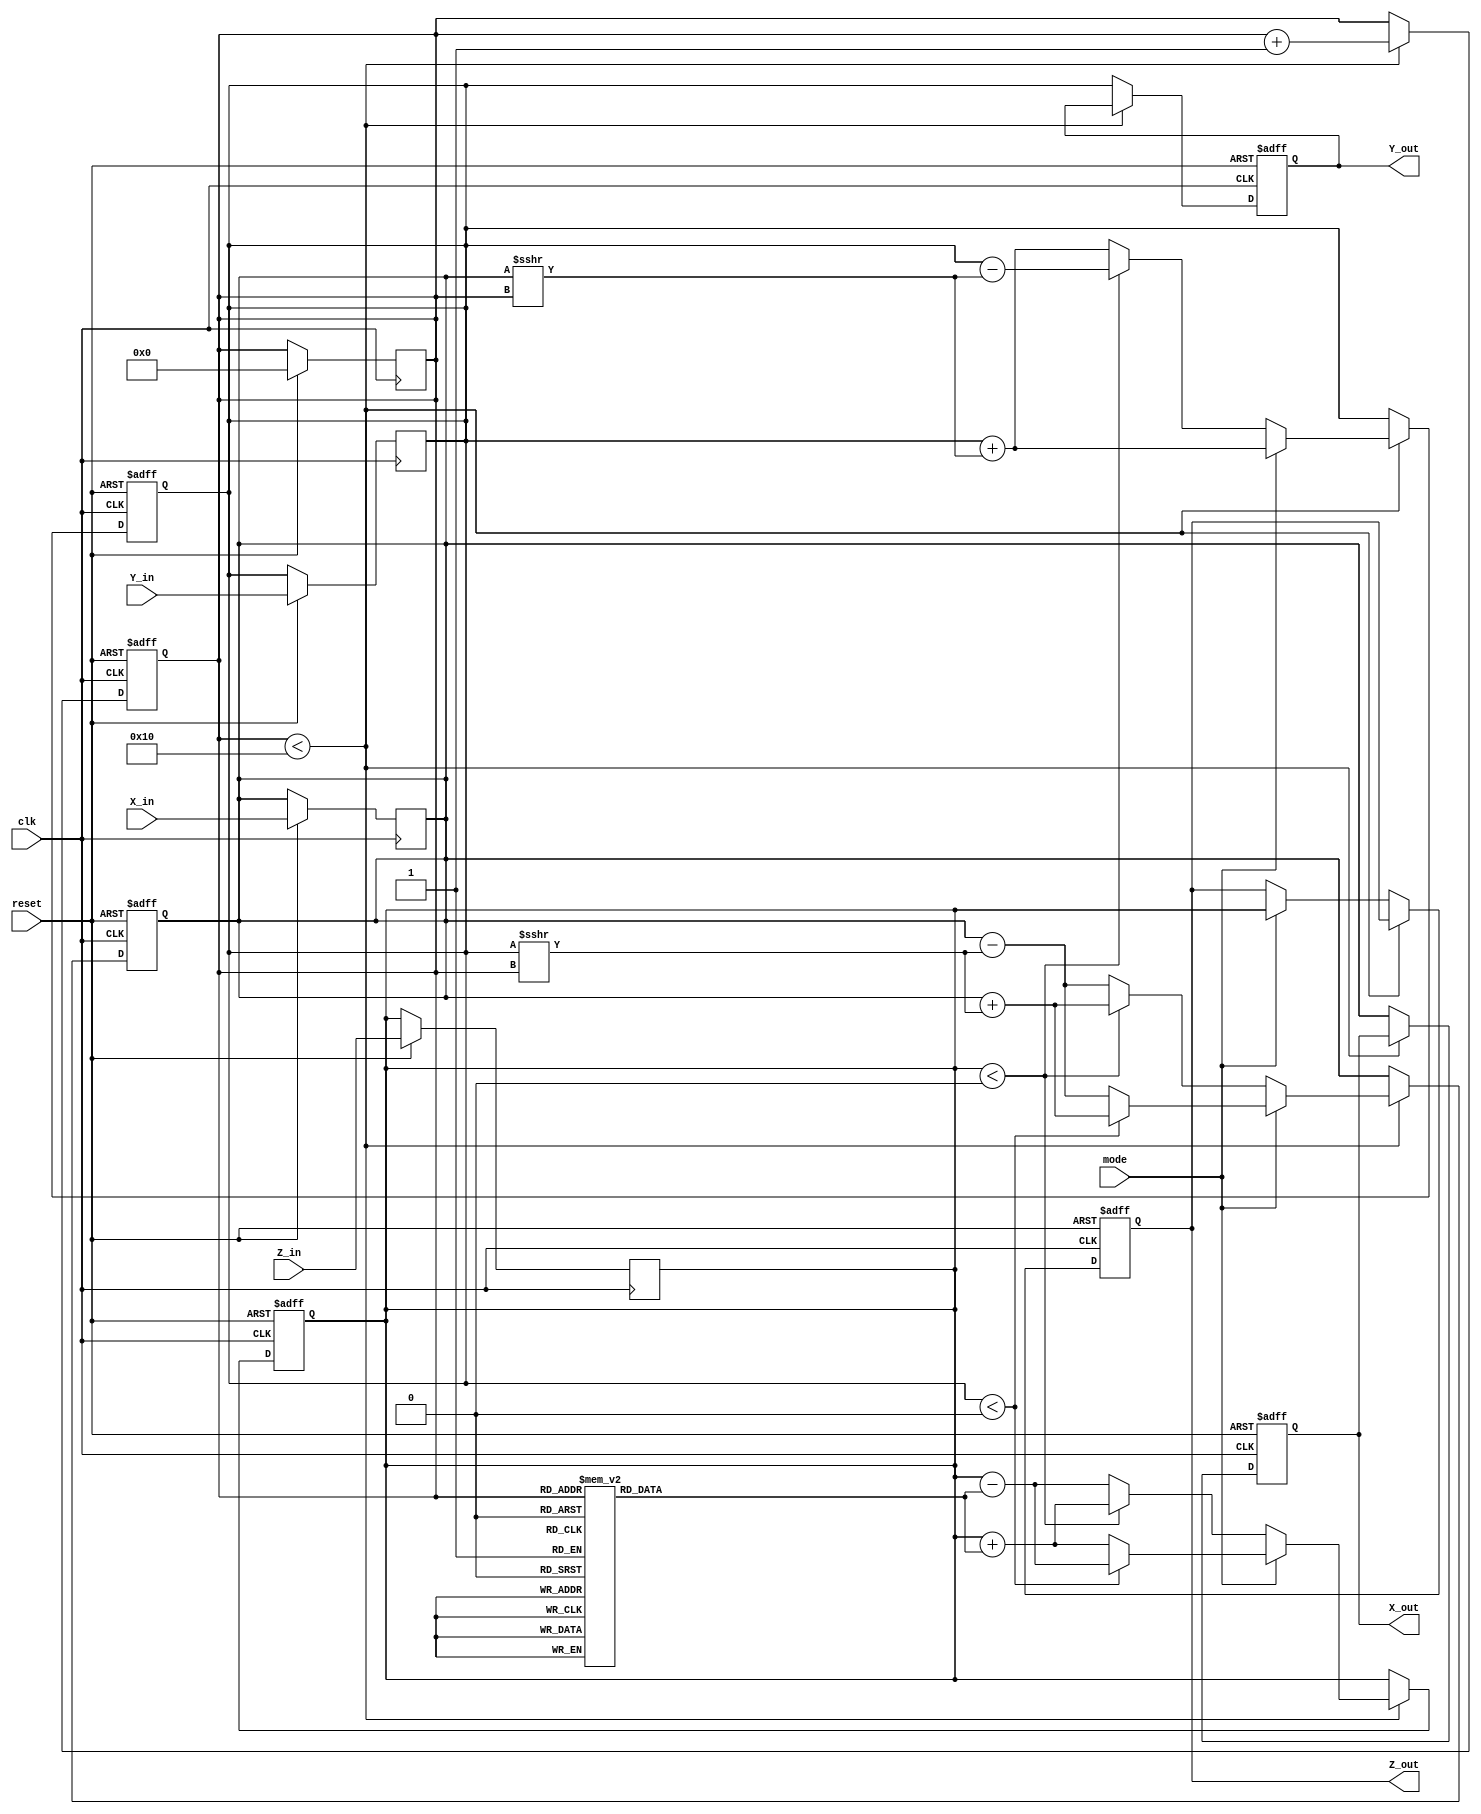
module modified_cordic (
    input wire clk,
    input wire reset,
    input wire [15:0] X_in,    // Fixed-point representation of X
    input wire [15:0] Y_in,    // Fixed-point representation of Y
    input wire [15:0] Z_in,    // Fixed-point representation of angle in radians
    input wire mode,           // Mode: 0 for rotation, 1 for vectoring
    output reg [15:0] X_out,   // Output vector X
    output reg [15:0] Y_out,   // Output vector Y
    output reg [15:0] Z_out     // Remaining phase angle (only in vectoring mode)
);

    // Parameters
    parameter MAX_ITER = 16; // Maximum number of iterations
    parameter LUT_WIDTH = 16; // Width of LUT for arctan values

    // Look-Up Table for arctan(1/2^n)
    reg [LUT_WIDTH-1:0] atan_lut [0:MAX_ITER-1];
    initial begin
        // Initialize LUT with precomputed arctan values (fixed-point)
        atan_lut[0] = 16'h2000; // arctan(1)
        atan_lut[1] = 16'h1000; // arctan(1/2)
        atan_lut[2] = 16'h0800; // arctan(1/4)
        atan_lut[3] = 16'h0400; // arctan(1/8)
        // Add more values as needed...
        // atan_lut[n] = arctan(1/2^n) in fixed-point representation
    end

    // Internal registers for computation
    reg [15:0] x_reg, y_reg, z_reg;
    reg [3:0] iter_count;
    reg [15:0] x_temp, y_temp, z_temp;

    // Control logic
    always @(posedge clk or posedge reset) begin
        if (reset) begin
            // Reset outputs and registers
            X_out <= 0;
            Y_out <= 0;
            Z_out <= 0;
            x_reg <= 0;
            y_reg <= 0;
            z_reg <= 0;
            iter_count <= 0;
        end else begin
            if (iter_count < MAX_ITER) begin
                // CORDIC computation
                if (mode) begin // Vectoring mode
                    if (y_reg < 0) begin
                        x_temp = x_reg + (y_reg >>> iter_count);
                        y_temp = y_reg + (x_reg >>> iter_count);
                        z_temp = z_reg - atan_lut[iter_count];
                    end else begin
                        x_temp = x_reg - (y_reg >>> iter_count);
                        y_temp = y_reg + (x_reg >>> iter_count);
                        z_temp = z_reg + atan_lut[iter_count];
                    end
                end else begin // Rotation mode
                    if (z_reg < 0) begin
                        x_temp = x_reg + (y_reg >>> iter_count);
                        y_temp = y_reg - (x_reg >>> iter_count);
                        z_temp = z_reg + atan_lut[iter_count];
                    end else begin
                        x_temp = x_reg - (y_reg >>> iter_count);
                        y_temp = y_reg + (x_reg >>> iter_count);
                        z_temp = z_reg - atan_lut[iter_count];
                    end
                end

                // Update registers
                x_reg <= x_temp;
                y_reg <= y_temp;
                z_reg <= z_temp;
                iter_count <= iter_count + 1;
            end else begin
                // Final output assignment
                X_out <= x_reg;
                Y_out <= y_reg;
                if (mode) begin
                    Z_out <= z_reg; // Only in vectoring mode
                end
            end
        end
    end

    // Initial assignments
    always @(posedge clk) begin
        if (reset) begin
            x_reg <= X_in;
            y_reg <= Y_in;
            z_reg <= Z_in;
            iter_count <= 0;
        end
    end

endmodule